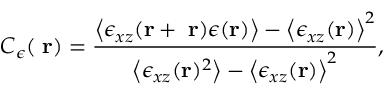
C _ { \epsilon } ( { \bf \Delta r } ) = \frac { \left< \epsilon _ { x z } ( { \bf r + \Delta r } ) \epsilon ( { \bf r } ) \right> - \left< \epsilon _ { x z } ( { \bf r } ) \right> ^ { 2 } } { \left< \epsilon _ { x z } ( { \bf r } ) ^ { 2 } \right> - \left< \epsilon _ { x z } ( { \bf r } ) \right> ^ { 2 } } ,